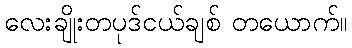
လေးချိုးတပုဒ်ငယ်ချစ် တယောက်။